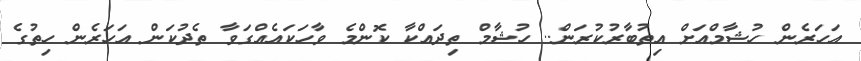
އަހަރެން ހުޝާމްއަށް އިތުބާރުކުރަން.. ހުޝާމް ތިދައްކާ ކޮންމެ ވާހަކައެއްގަވާ ތެދުކަން އަހަރެން ހިތުގެ